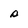
Character: s